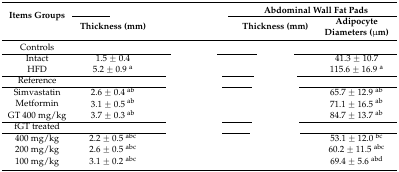
<table><thead><tr><td rowspan="2"><b>Items Groups</b></td><td colspan="2">[EMPTY_CELL]</td><td colspan="2"><b>Abdominal Wall Fat Pads</b></td></tr><tr><td><b>Thickness (mm)</b></td><td>[EMPTY_CELL]</td><td><b>Thickness (mm)</b></td><td><b>Adipocyte Diameters (μm)</b></td></tr></thead><tbody><tr><td>Controls</td><td>[EMPTY_CELL]</td><td>[EMPTY_CELL]</td><td>[EMPTY_CELL]</td><td>[EMPTY_CELL]</td></tr><tr><td>Intact</td><td>1.5 ± 0.4</td><td>[EMPTY_CELL]</td><td>[EMPTY_CELL]</td><td>41.3 ± 10.7</td></tr><tr><td>HFD</td><td>5.2 ± 0.9 <sup>a</sup></td><td>[EMPTY_CELL]</td><td>[EMPTY_CELL]</td><td>115.6 ± 16.9 <sup>a</sup></td></tr><tr><td>Reference</td><td>[EMPTY_CELL]</td><td>[EMPTY_CELL]</td><td>[EMPTY_CELL]</td><td>[EMPTY_CELL]</td></tr><tr><td>Simvastatin</td><td>2.6 ± 0.4 <sup>ab</sup></td><td>[EMPTY_CELL]</td><td>[EMPTY_CELL]</td><td>65.7 ± 12.9 <sup>ab</sup></td></tr><tr><td>Metformin</td><td>3.1 ± 0.5 <sup>ab</sup></td><td>[EMPTY_CELL]</td><td>[EMPTY_CELL]</td><td>71.1 ± 16.5 <sup>ab</sup></td></tr><tr><td>GT 400 mg/kg</td><td>3.7 ± 0.3 <sup>ab</sup></td><td>[EMPTY_CELL]</td><td>[EMPTY_CELL]</td><td>84.7 ± 13.7 <sup>ab</sup></td></tr><tr><td>fGT treated</td><td>[EMPTY_CELL]</td><td>[EMPTY_CELL]</td><td>[EMPTY_CELL]</td><td>[EMPTY_CELL]</td></tr><tr><td>400 mg/kg</td><td>2.2 ± 0.5 <sup>abc</sup></td><td>[EMPTY_CELL]</td><td>[EMPTY_CELL]</td><td>53.1 ± 12.0 <sup>bc</sup></td></tr><tr><td>200 mg/kg</td><td>2.6 ± 0.5 <sup>abc</sup></td><td>[EMPTY_CELL]</td><td>[EMPTY_CELL]</td><td>60.2 ± 11.5 <sup>abc</sup></td></tr><tr><td>100 mg/kg</td><td>3.1 ± 0.2 <sup>abc</sup></td><td>[EMPTY_CELL]</td><td>[EMPTY_CELL]</td><td>69.4 ± 5.6 <sup>abd</sup></td></tr></tbody></table>